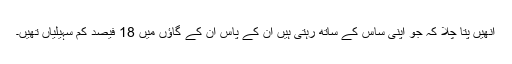
انھیں پتا چلا کہ جو اپنی ساس کے ساتھ رہتی ہیں ان کے پاس ان کے گاؤں میں 18 فیصد کم سہیلیاں تھیں۔